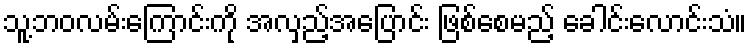
သူ့ဘဝလမ်းကြောင်းကို အလှည့်အပြောင်း ဖြစ်စေမည့် ခေါင်းလောင်းသံ။